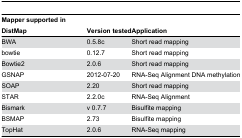
<table><thead><tr><td><b>Mapper supported in DistMap</b></td><td><b>Version tested</b></td><td><b>Application</b></td></tr></thead><tbody><tr><td>BWA</td><td>0.5.8c</td><td>Short read mapping</td></tr><tr><td>bowtie</td><td>0.12.7</td><td>Short read mapping</td></tr><tr><td>Bowtie2</td><td>2.0.6</td><td>Short read mapping</td></tr><tr><td>GSNAP</td><td>2012-07-20</td><td>RNA-Seq Alignment DNA methylation</td></tr><tr><td>SOAP</td><td>2.20</td><td>Short read mapping</td></tr><tr><td>STAR</td><td>2.2.0c</td><td>RNA-Seq Alignment</td></tr><tr><td>Bismark</td><td>v 0.7.7</td><td>Bisulfite mapping</td></tr><tr><td>BSMAP</td><td>2.73</td><td>Bisulfite mapping</td></tr><tr><td>TopHat</td><td>2.0.6</td><td>RNA-Seq mapping</td></tr></tbody></table>